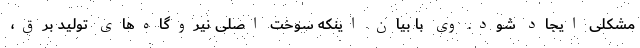
مشکلی ایجاد شود. وی با بیان اینکه سوخت اصلی نیروگاه‌های تولید برق،